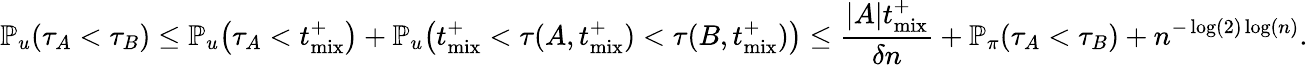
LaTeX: \mathbb{P}_{u}\! \left(\tau_{A}<\tau_{B}\right)\leq\mathbb{P}_{u}\! \left(\tau_{A}<t_{\mathrm{mix}}^{+}\right)+\mathbb{P}_{u}\! \left(t_{\mathrm{mix}}^{+}<\tau(A,t_{\mathrm{mix}}^{+})<\tau(B,t_{\mathrm{mix}}^{+})\right)\leq\frac{|A|t_{\mathrm{mix}}^{+}}{\delta n}+\mathbb{P}_{\pi}\! \left(\tau_{A}<\tau_{B}\right)+n^{-\log(2)\log(n)}.